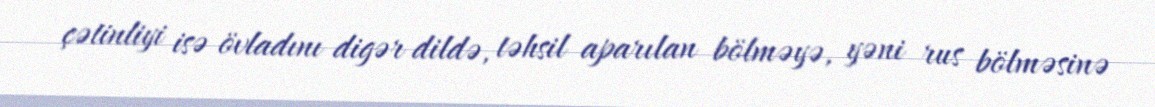
çətinliyi isə övladını digər dildə, təhsil aparılan bölməyə, yəni rus bölməsinə